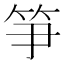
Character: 𥬁